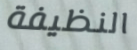
النظيفة